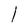
Character: l